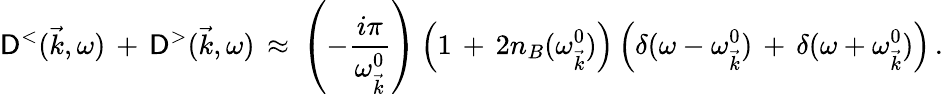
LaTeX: \mathsf{D}^{<}(\vec{{k}},\omega)\, +\, \mathsf{D}^{>}(\vec{{k}},\omega)\, \approx\, \left(-\frac{{i\pi}}{{\omega_{\vec{{k}}}^{0}}}\right)\left(1\, +\, 2n_{B}(\omega_{\vec{{k}}}^{0})\right)\left(\delta(\omega-\omega_{\vec{{k}}}^{0})\, +\, \delta(\omega+\omega_{\vec{{k}}}^{0})\right)\, .